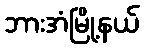
ဘားအံမြို့နယ်